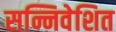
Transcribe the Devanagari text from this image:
सन्निवेशित